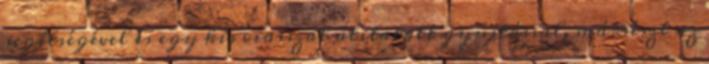
segítségével és egy kis viasszal átitatott gyújtóssal, mársészt az